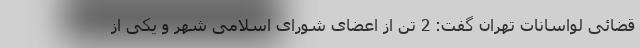
قضائی لواسانات تهران گفت: 2 تن از اعضای شورای اسلامی شهر و یکی از